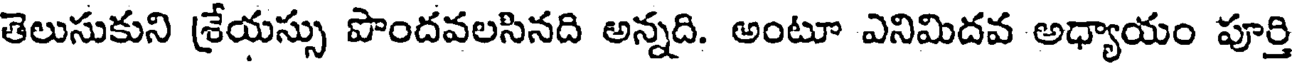
తెలుసుకుని శ్రేయస్సు పొందవలసినది అన్నది. అంటూ ఎనిమిదవ అధ్యాయం పూర్తి